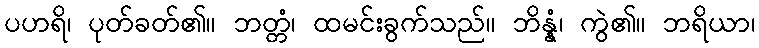
ပဟရိ၊ ပုတ်ခတ်၏။ ဘတ္တံ၊ ထမင်းခွက်သည်။ ဘိန္နံ၊ ကွဲ၏။ ဘရိယာ၊